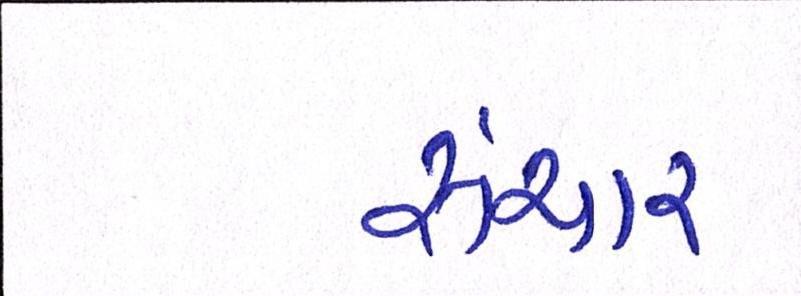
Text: સંચાર